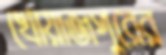
খোয়াজপুরের